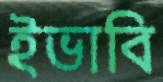
ইভাবি